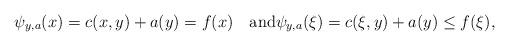
LaTeX: \begin{align*}\psi_{y,a}(x)=c(x,y)+a(y)=f(x)\quad\mbox{and}\psi_{y,a}(\xi)=c(\xi,y)+a(y)\leq f(\xi),\end{align*}